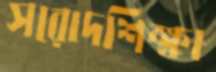
সরোদশিক্ষা